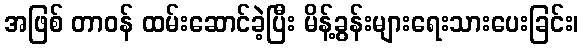
အဖြစ် တာဝန် ထမ်းဆောင်ခဲ့ပြီး မိန့်ခွန်းများရေးသားပေးခြင်း၊